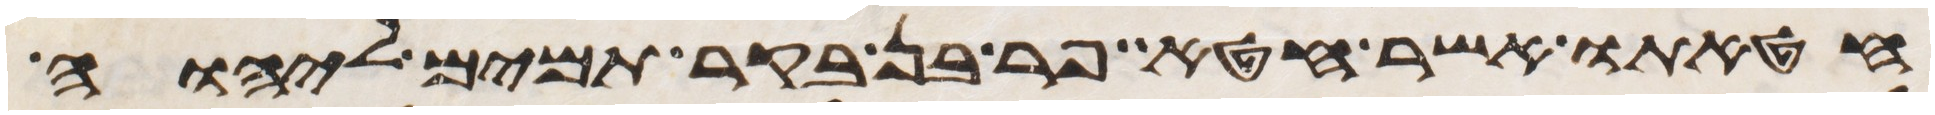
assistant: חטאתו אשר חטא פר בן בקר תמים ליהוה